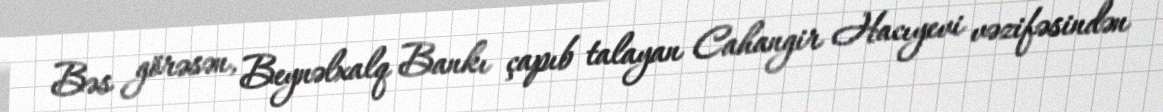
Bəs görəsən, Beynəlxalq Bankı çapıb talayan Cahangir Hacıyevi vəzifəsindən